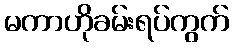
မကာဟိုခမ်းရပ်ကွက်